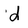
Character: d